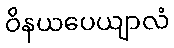
ဝိနယပေယျာလံ